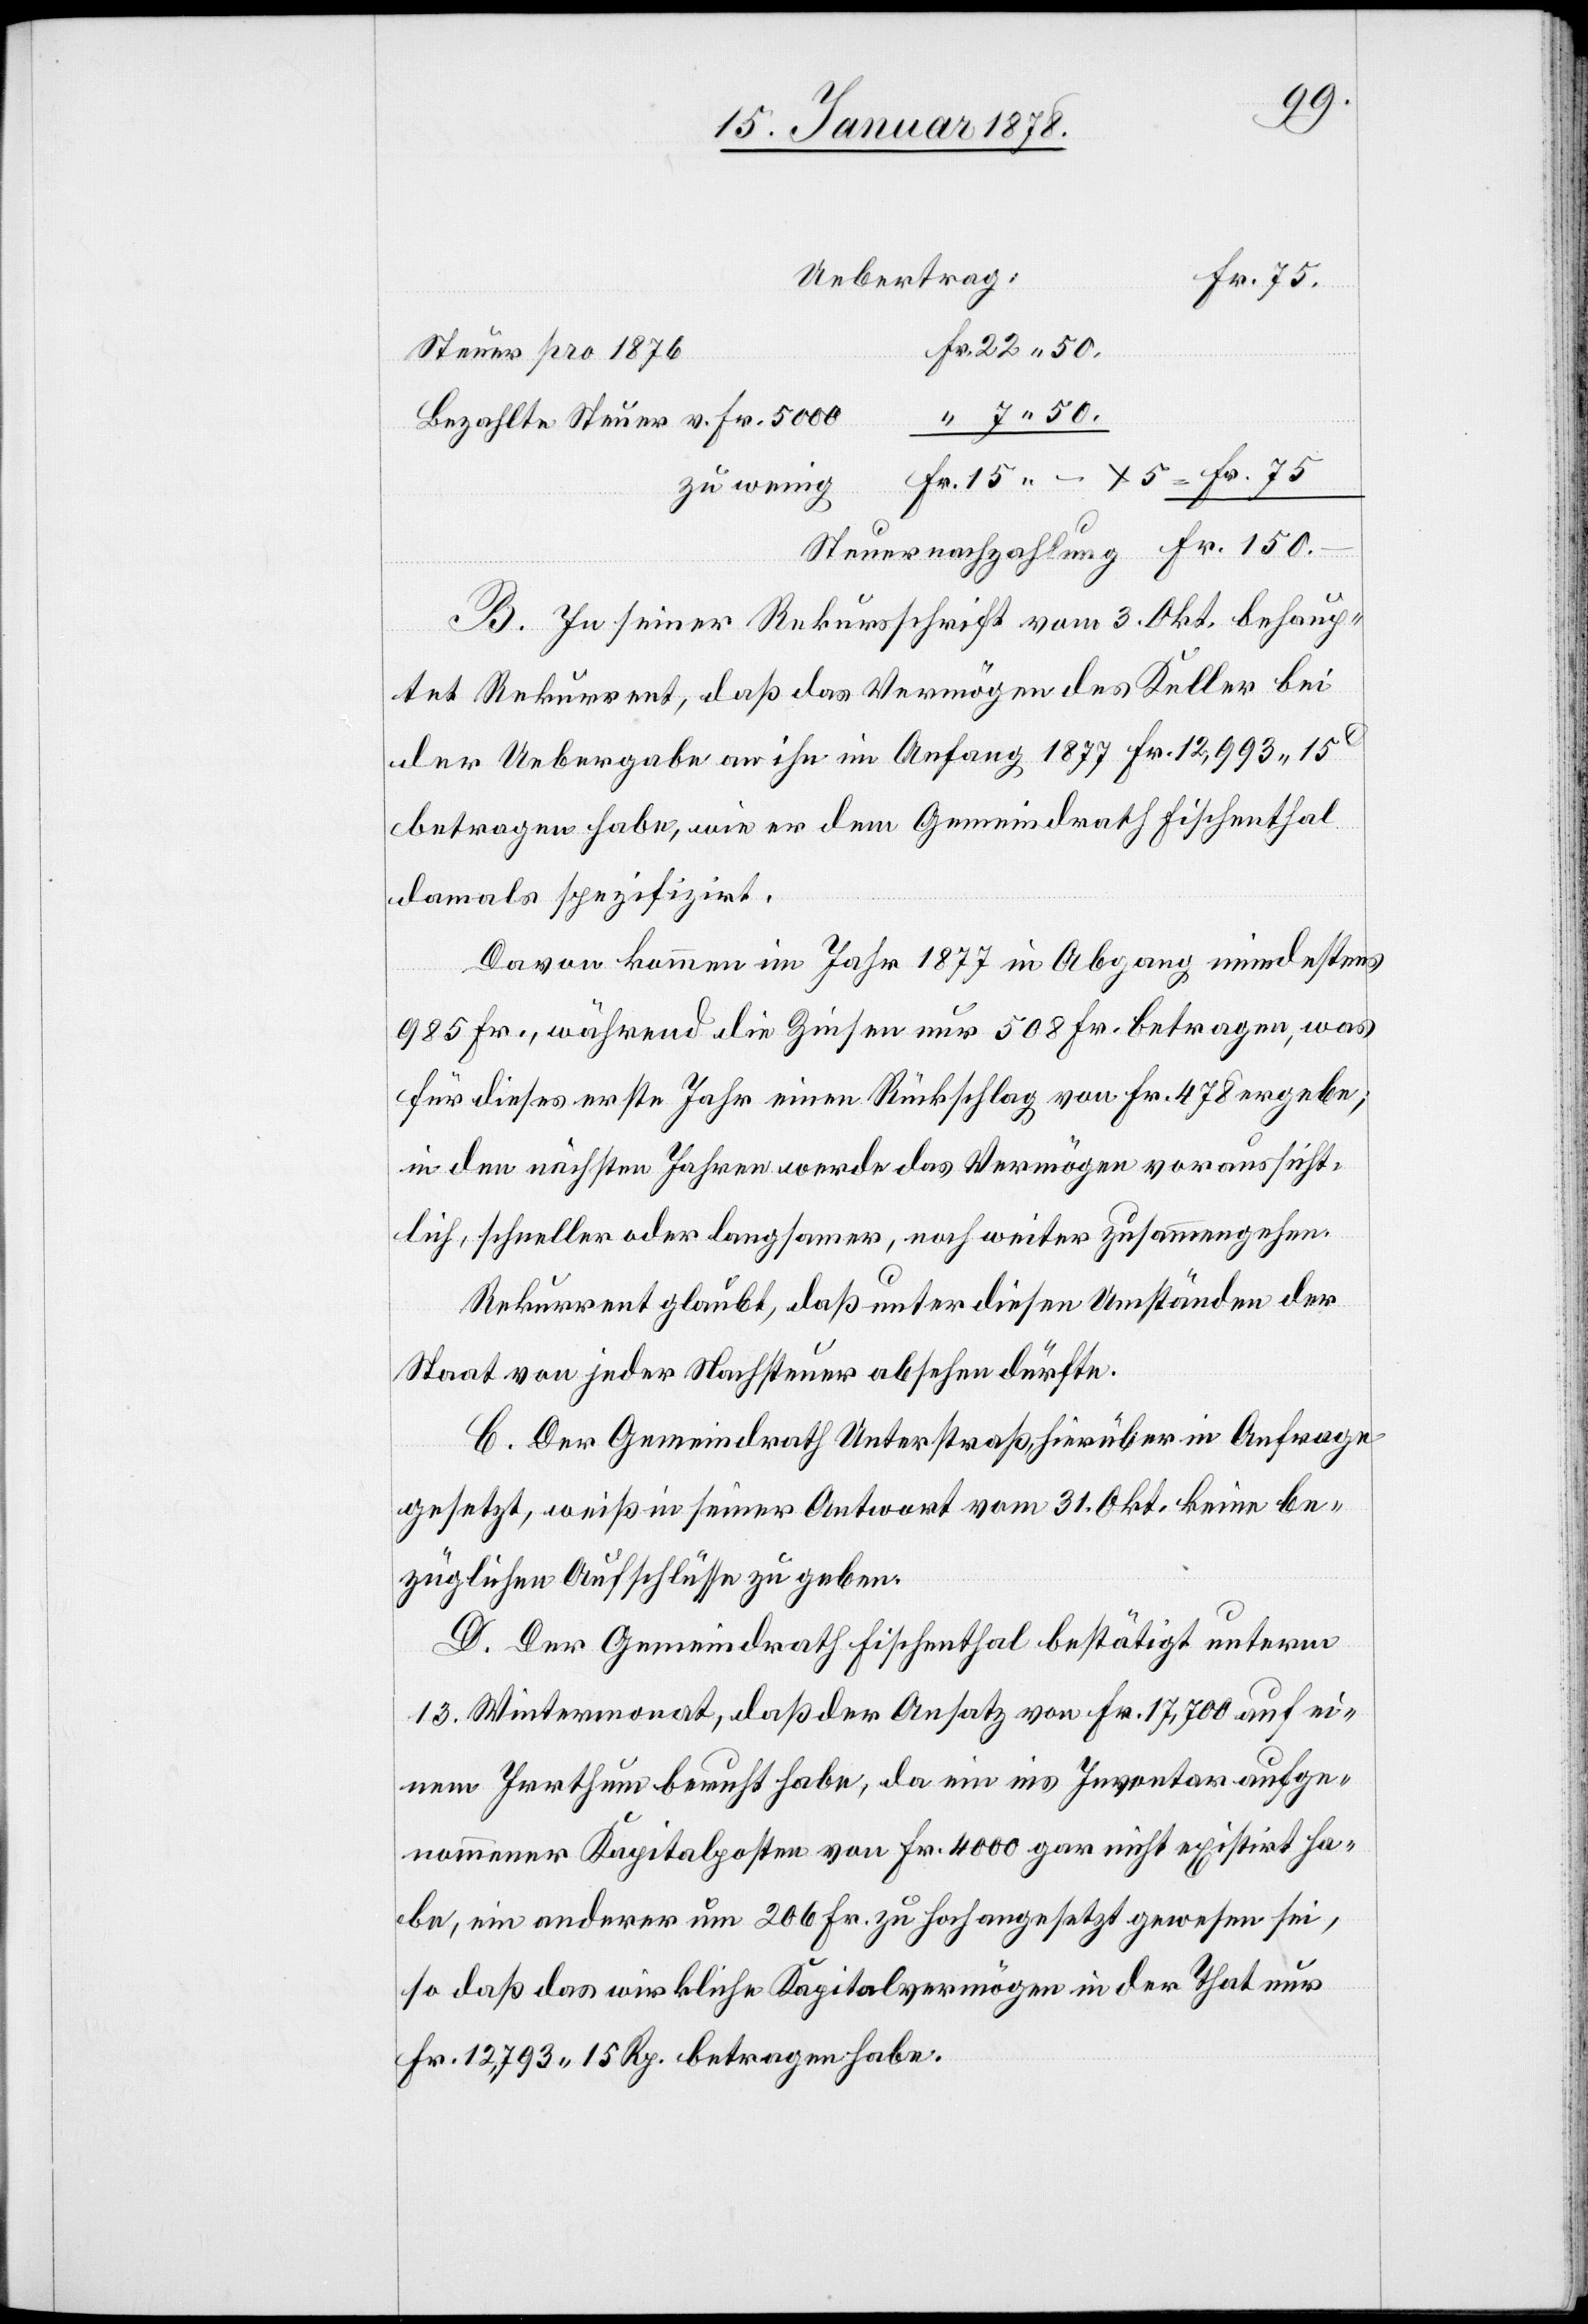
50.
Uebertrag:
Fr. 150.
Fr. 22. 50.
Steuer pro 1876
Bezahlte Steuer v. Fr. 5000
B. In seiner Rekursschrift vom 3. Okt. behaup¬
tet Rekurrent, daß das Vermögen des Keller bei
der Uebergabe an ihn im Anfang 1877 Fr. 12,993. 15C
betragen habe, wie er dem Gemeindrath Fischenthal
damals spezifirt.
Davon kommen im Jahr 1877 in Abgang mindestens
985 Fr., während die Zinsen nur 508 Fr. betragen, was
für dieses erste Jahr einen Rückschlag von Fr. 478 ergebe;
in den nächsten Jahren werde das Vermögen voraussicht¬
lich, schneller oder langsamer, noch weiter zusammengehen.
Rekurrent glaubt, daß unter diesen Umständen der
Staat von jeder Nachsteuer absehen dürfte.
C. Der Gemeindrath Unterstraß, hierüber in Anfrage
gesetzt, weiß in seiner Antwort vom 31. Okt. keine be¬
züglichen Aufschlüsse zu geben.
D. Der Gemeindrath Fischenthal bestätigt unterm
13. Wintermonat, daß der Ansatz von Fr. 17,700 auf ei¬
nem Irrthum beruht habe, da ein ins Inventar aufge¬
nommener Kapitalposten von Fr. 4000 gar nicht existirt ha¬
be, ein anderer um 206 Fr. zu hoch angesetzt gewesen sei,
so daß das wirkliche Kapitalvermögen in der That nur
Fr, 12,793 15 Rp. betragen habe.